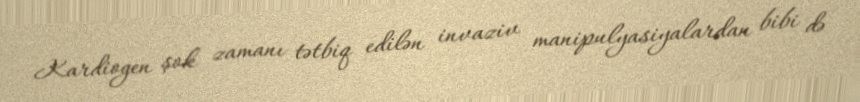
Kardiogen şok zamanı tətbiq edilən invaziv manipulyasiyalardan bibi də